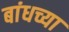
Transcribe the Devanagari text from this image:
बांधच्या